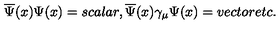
\overline { { \Psi } } ( x ) \Psi ( x ) = s c a l a r , \overline { { \Psi } } ( x ) \gamma _ { \mu } \Psi ( x ) = v e c t o r e t c .